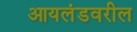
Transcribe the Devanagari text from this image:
आयलंडवरील